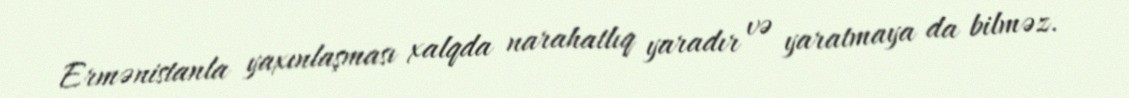
Ermənistanla yaxınlaşması xalqda narahatlıq yaradır və yaratmaya da bilməz.